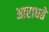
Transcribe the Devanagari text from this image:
आराधते